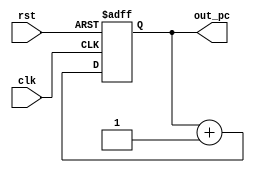
module pc(rst,clk,out_pc);

input rst,clk;
output reg [7:0] out_pc;
always@(posedge clk or posedge rst)
begin
if(rst)
out_pc<=8'd0;

else out_pc<=out_pc+1;
end

endmodule